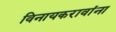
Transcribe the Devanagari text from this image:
विनायकरावांना